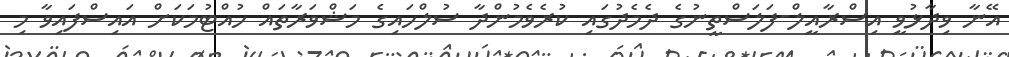
އޭނާ ވިދާޅުވީ އިސްރާއީލް-ފަލަސްތީނުގެ ދެމެދުގައި ކުރެވެމުންދާ ސުލްހައިގެ މަޝްވަރާތައް ހުއްޓުމަކަށް އައިސްފައިވާ މި